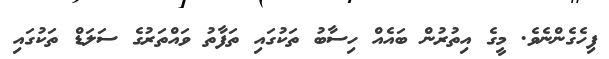
ފިހެގެންނެވެ. މީގެ އިތުރުން ބައެއް ހިސާބު ތަކުގައި ތަފާތު ވައްތަރުގެ ސަލަޑް ތަކުގައި